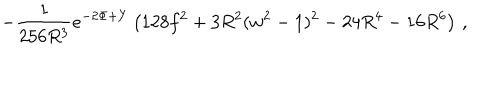
- \frac { 1 } { 2 5 6 R ^ { 3 } } e ^ { - 2 \Phi + Y } \left( 1 2 8 f ^ { 2 } + 3 R ^ { 2 } ( w ^ { 2 } - 1 ) ^ { 2 } - 2 4 R ^ { 4 } - 1 6 R ^ { 6 } \right) \, ,